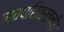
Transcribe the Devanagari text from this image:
नवपरिवर्तनीय